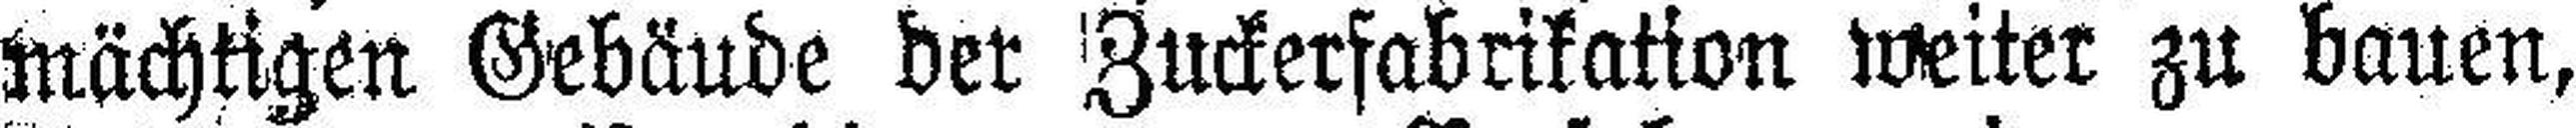
mächtigen Gebäude der Zuckerfabrikation weiter zu bauen,